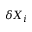
\delta X _ { i }